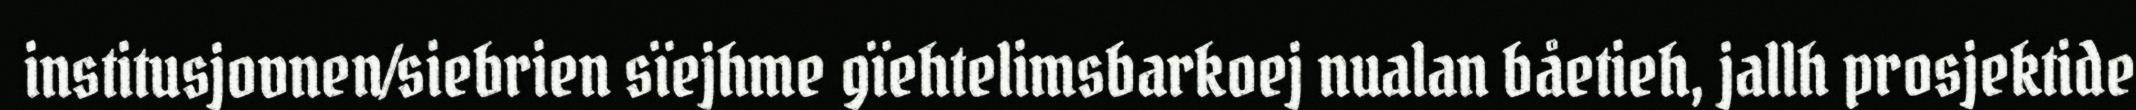
institusjovnen/siebrien sïejhme gïehtelimsbarkoej nualan båetieh, jallh prosjektide